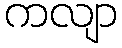
ကလျာ